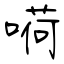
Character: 嗬